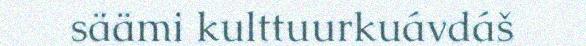
säämi kulttuurkuávdáš